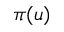
\pi ( u )